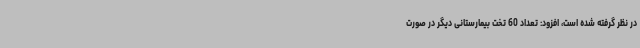
در نظر گرفته‌ شده است، افزود: تعداد 60 تخت بیمارستانی دیگر در صورت